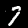
Digit: 7